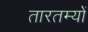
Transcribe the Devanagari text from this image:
तारतम्यों